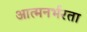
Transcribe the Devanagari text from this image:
आत्मनर्भरता